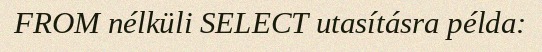
FROM nélküli SELECT utasításra példa: